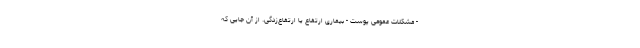
- مشکلات عمومی پوست - بیماری ارتفاع یا ارتفاع‌زدگی. از آن جایی که